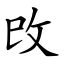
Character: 攺